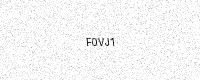
Text: F0VJ1